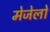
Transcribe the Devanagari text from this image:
मेजेलो